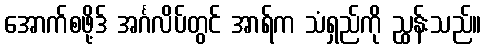
အောက်စဖို့ဒ် အင်္ဂလိပ်တွင် အာရ်က သံရှည်ကို ညွှန်းသည်။